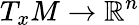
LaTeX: T_{x}M\rightarrow\mathbb{R}^{n}